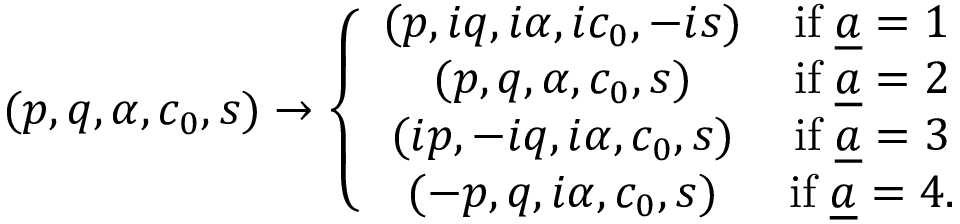
( p , q , \alpha , c _ { 0 } , s ) \to \left\{ \begin{array} { c c } { { ( p , i q , i \alpha , i c _ { 0 } , - i s ) } } & { { \mathrm { i f } \; { \underline { { a } } } = 1 } } \\ { { ( p , q , \alpha , c _ { 0 } , s ) } } & { { \mathrm { i f } \; { \underline { { a } } } = 2 } } \\ { { ( i p , - i q , i \alpha , c _ { 0 } , s ) } } & { { \mathrm { i f } \; { \underline { { a } } } = 3 } } \\ { { ( - p , q , i \alpha , c _ { 0 } , s ) } } & { { \mathrm { i f } \; { \underline { { a } } } = 4 . } } \end{array} \right.